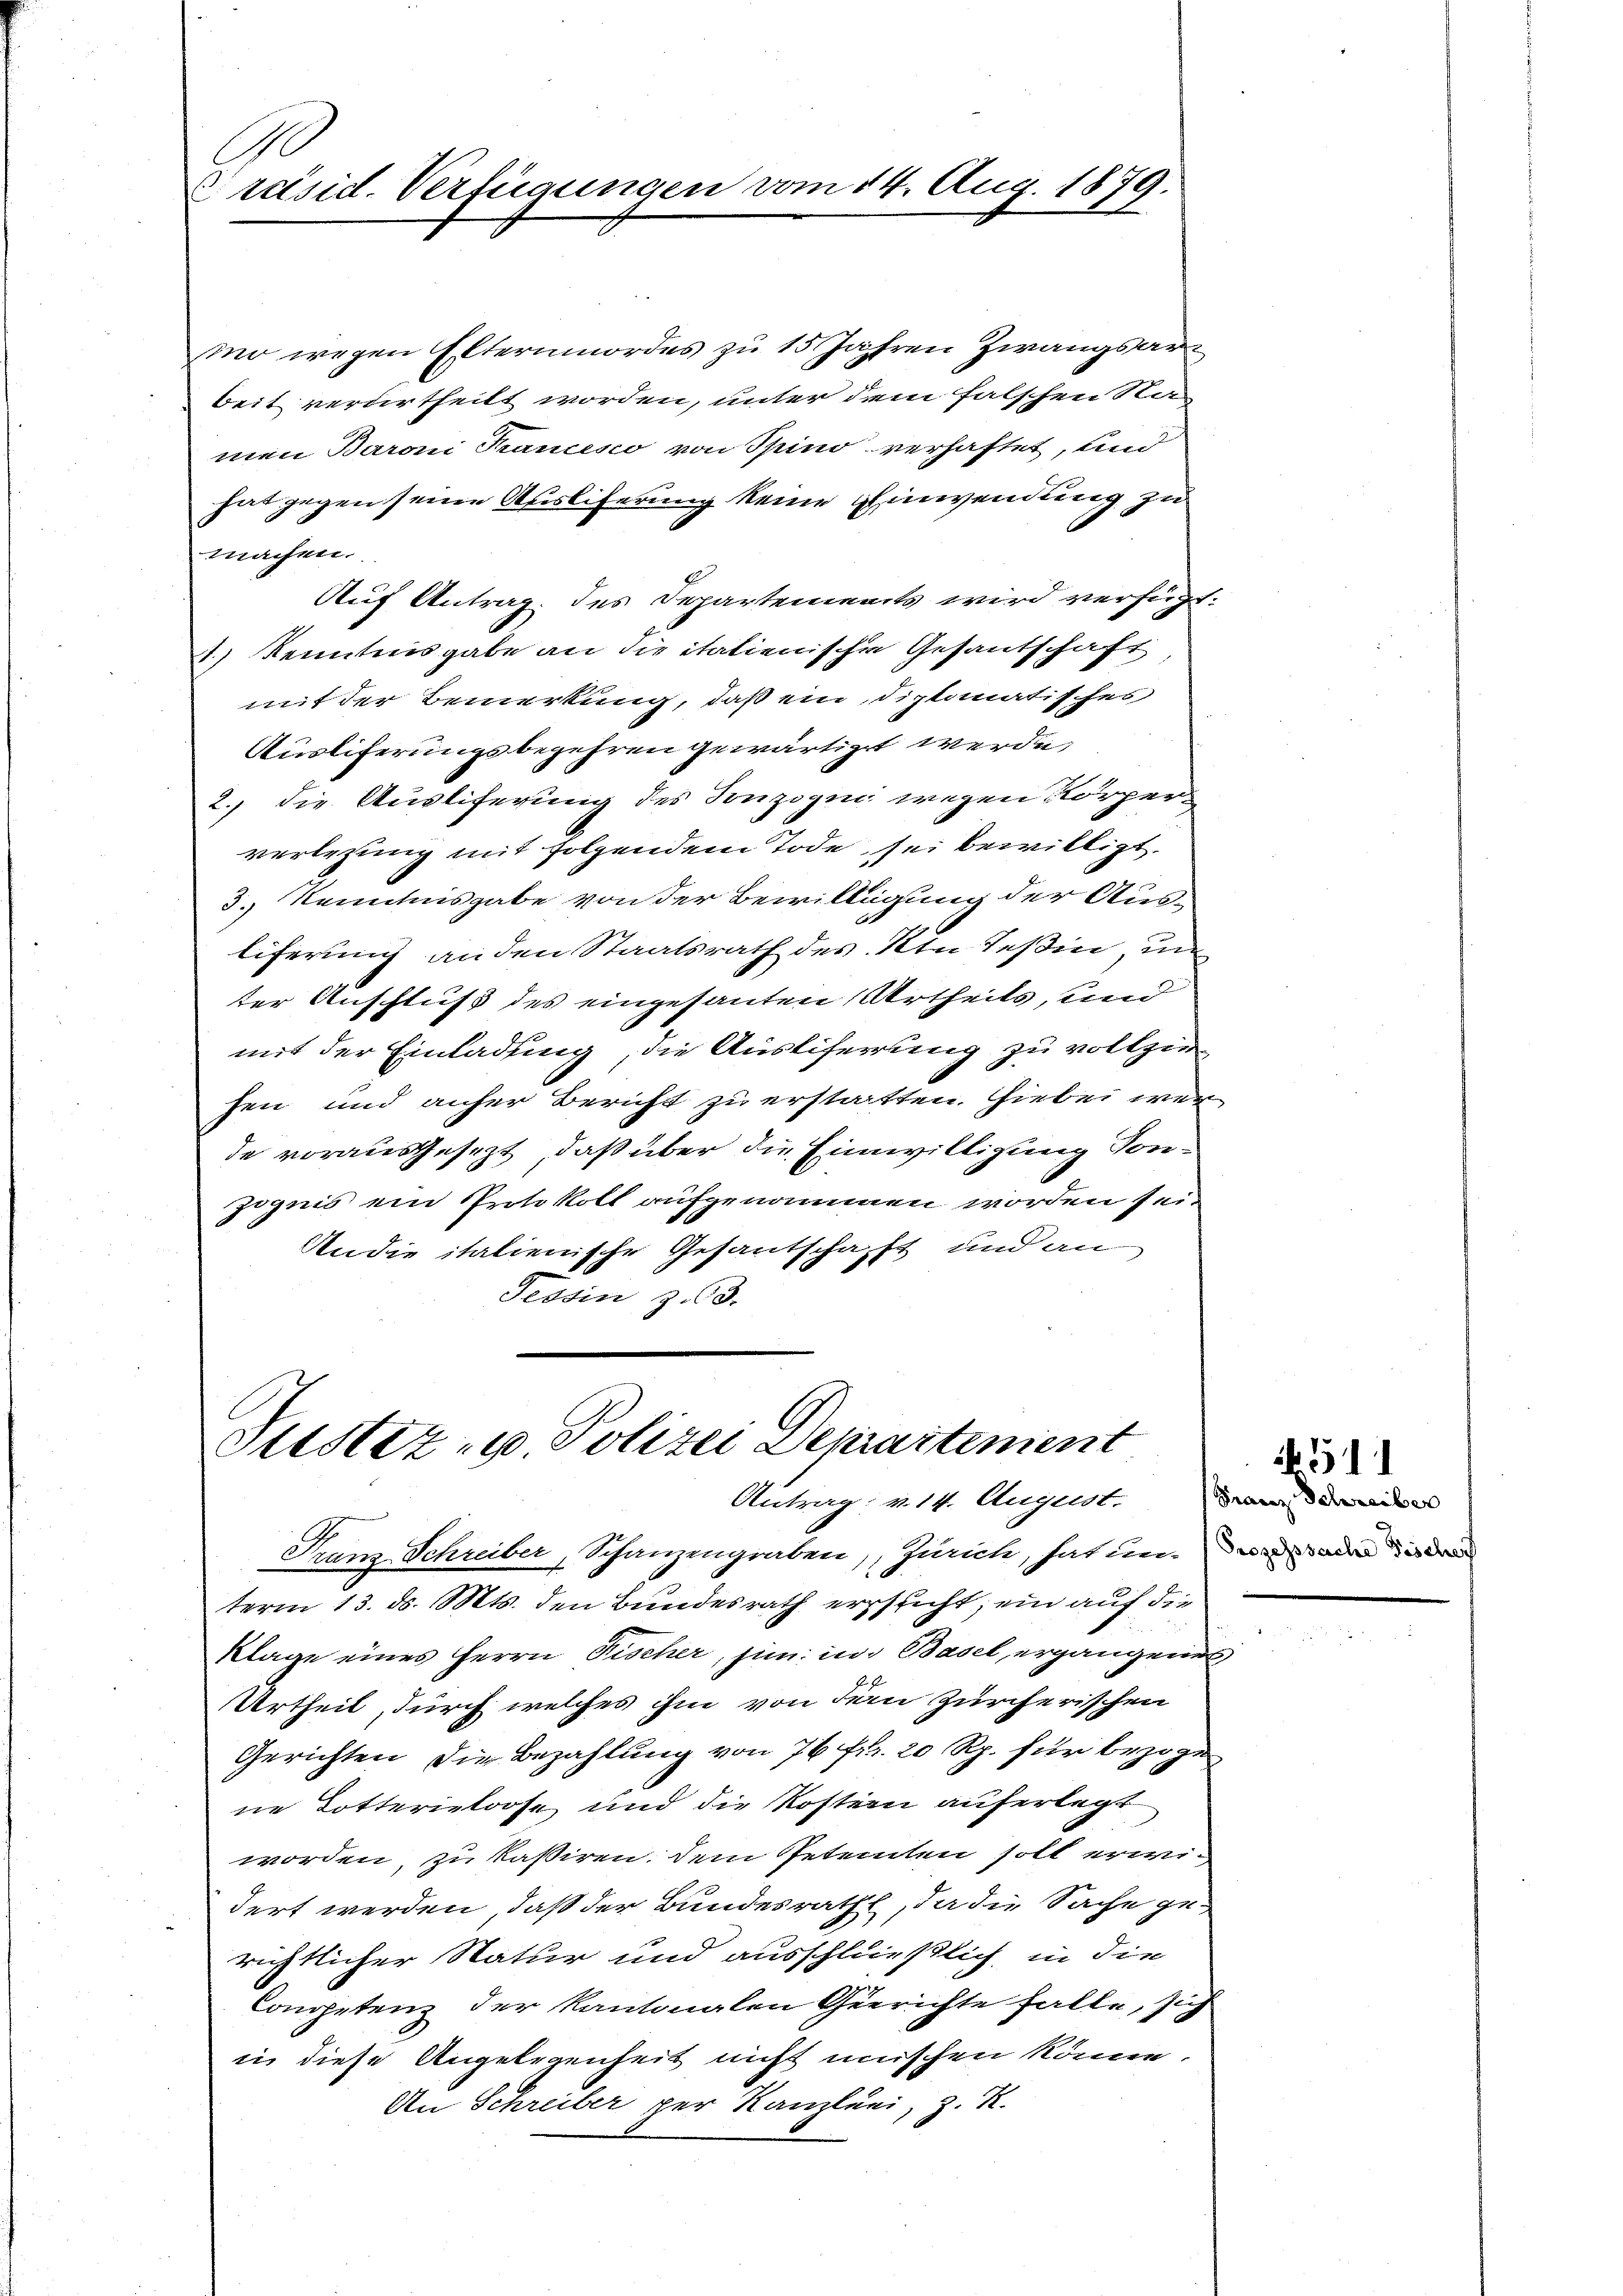
G
Präsid. Verfügungen vom 14. Aug. 1879.

mo wegen Elternmordes zu 15 Jahren Zwangsar
beit verdirtheilt worden, unter dem falschen Ramen Baroni Francesco von Spino verhaftet, und
hat gegen seine Auslieferung keine Einwendung zu
machen.
Auf Antrag des Departements wird verfügt:
1) Kenntnisgabe an die italienischen Gesantschaft
mit der Bemerkung, daß ein, diplomatisches
Auslieferungsbegehren gewärtigt werde,
2., die Ausliferung des Sonzogin wegen Körperverlegung mit folgendem Tode sei bewilligt.
3.) Kenntnisgabe von der Bewilligung der Ausliferung an den Staatsrath des den Teßin, un
ter Anschluß des eingesanten Urtheils, und
mit der Einladung, die Austiferung zu vollziefen und anher Bericht zu erstatten. Hiebei wer
de vorausgesezt, daß über die Einwilligung Tonzignis ein Protokoll aufgenommen worden sei.
An die italienische Gesantschafft und an
Tessin z. 63.

Justiz- u. Polizei Depraitement
Antrag u. 14. August. Franz Schreiber

Franz Schreiber, Schanzengraben, Zürich, hat und die an die d
term 13. d. Mts. den Bundesrath ersticht, ein auf die
Klage eines Herrn Fischer, si in Basel, ergangenes
Urtheil, durch welches ihm von dem Zürcherischen
Gerichten die Bezahlung von 76 fr. 20 Rp. für bezoge
ne Dotterieloose und die Kostern auferlegt
worden, zu kassiren. Dem Petenten soll erwidert werden, daß der Bundesrath, da die Sache gerichtlicher Natur und ausschließlich, in die
Conspetenz der kantonalen Gerichte falle, sich
in diese Angelegenheit nicht mischen könne.
An Schreiber per Kanzlini, z. R.

. 511